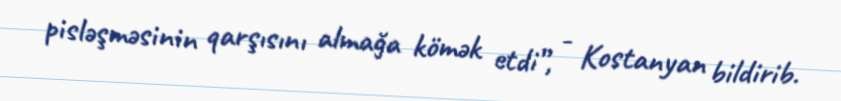
pisləşməsinin qarşısını almağa kömək etdi”, - Kostanyan bildirib.